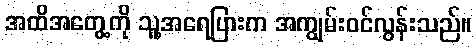
အထိအတွေ့ကို သူ့အရေပြားက အကျွမ်းဝင်လွန်းသည်။